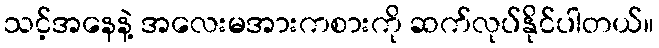
သင့်အနေနဲ့ အလေးမအားကစားကို ဆက်လုပ်နိုင်ပါတယ်။